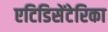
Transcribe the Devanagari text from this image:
एटिडिसेंटेरिका